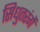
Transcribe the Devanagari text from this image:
सिधुतरंगें